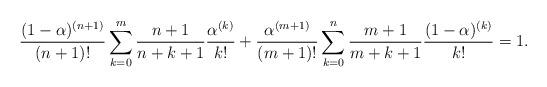
LaTeX: \begin{align*}\frac{ (1-\alpha)^{(n+1)}}{(n+1)!} \sum_{k=0}^m \frac{n+1}{n+k+1} \frac{ {\alpha}^{(k)}}{k!}+\frac{ {\alpha} ^{(m+1)}}{(m+1)!} \sum_{k=0}^n \frac{m+1}{m+k+1} \frac{ (1-\alpha)^{(k)}}{k!}=1.\end{align*}